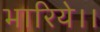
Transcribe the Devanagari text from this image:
भारिये।।